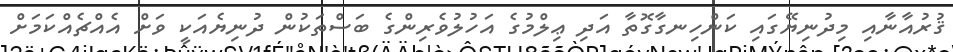
ޤުރުއާނާއި މިދުނިޔޭގައި ކަންހިނގާގޮތާ އަދި ޢިލްމުގެ އަހުލުވެރިންގެ ބަސްތަކުން ދުނިޔެއަކީ ވަށް އެއްޗެއްކަމަށް